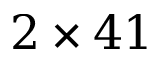
2 \times 4 1